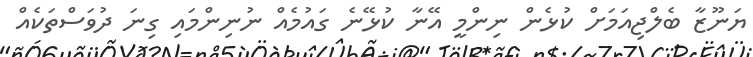
ޔަނޫޒާ ބެލްޖިއަމަށް ކުޅެން ނިންމީ އޭނާ ކުޅޭނެ ގައުމެއް ނުނިންމައި ގިނަ ދުވަސްތަކެއް